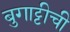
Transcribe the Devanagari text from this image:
बुगाट्टीची